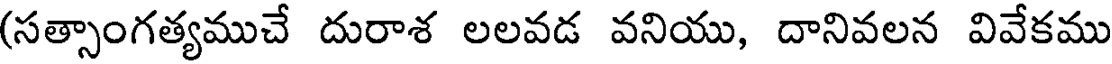
(సత్సాంగత్యముచే దురాశ లలవడ వనియు, దానివలన వివేకము